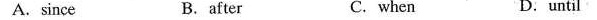
A. since B.after C. when D. until